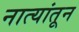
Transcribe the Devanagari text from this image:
नात्यांतून